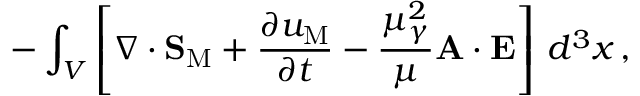
- \int _ { V } \left[ \nabla \cdot { \bf S } _ { \mathrm { M } } + \frac { \partial u _ { \mathrm { M } } } { \partial t } - \frac { \mu _ { \gamma } ^ { 2 } } { \mu } { \bf A } \cdot { \bf E } \right] \, d ^ { 3 } x \, ,